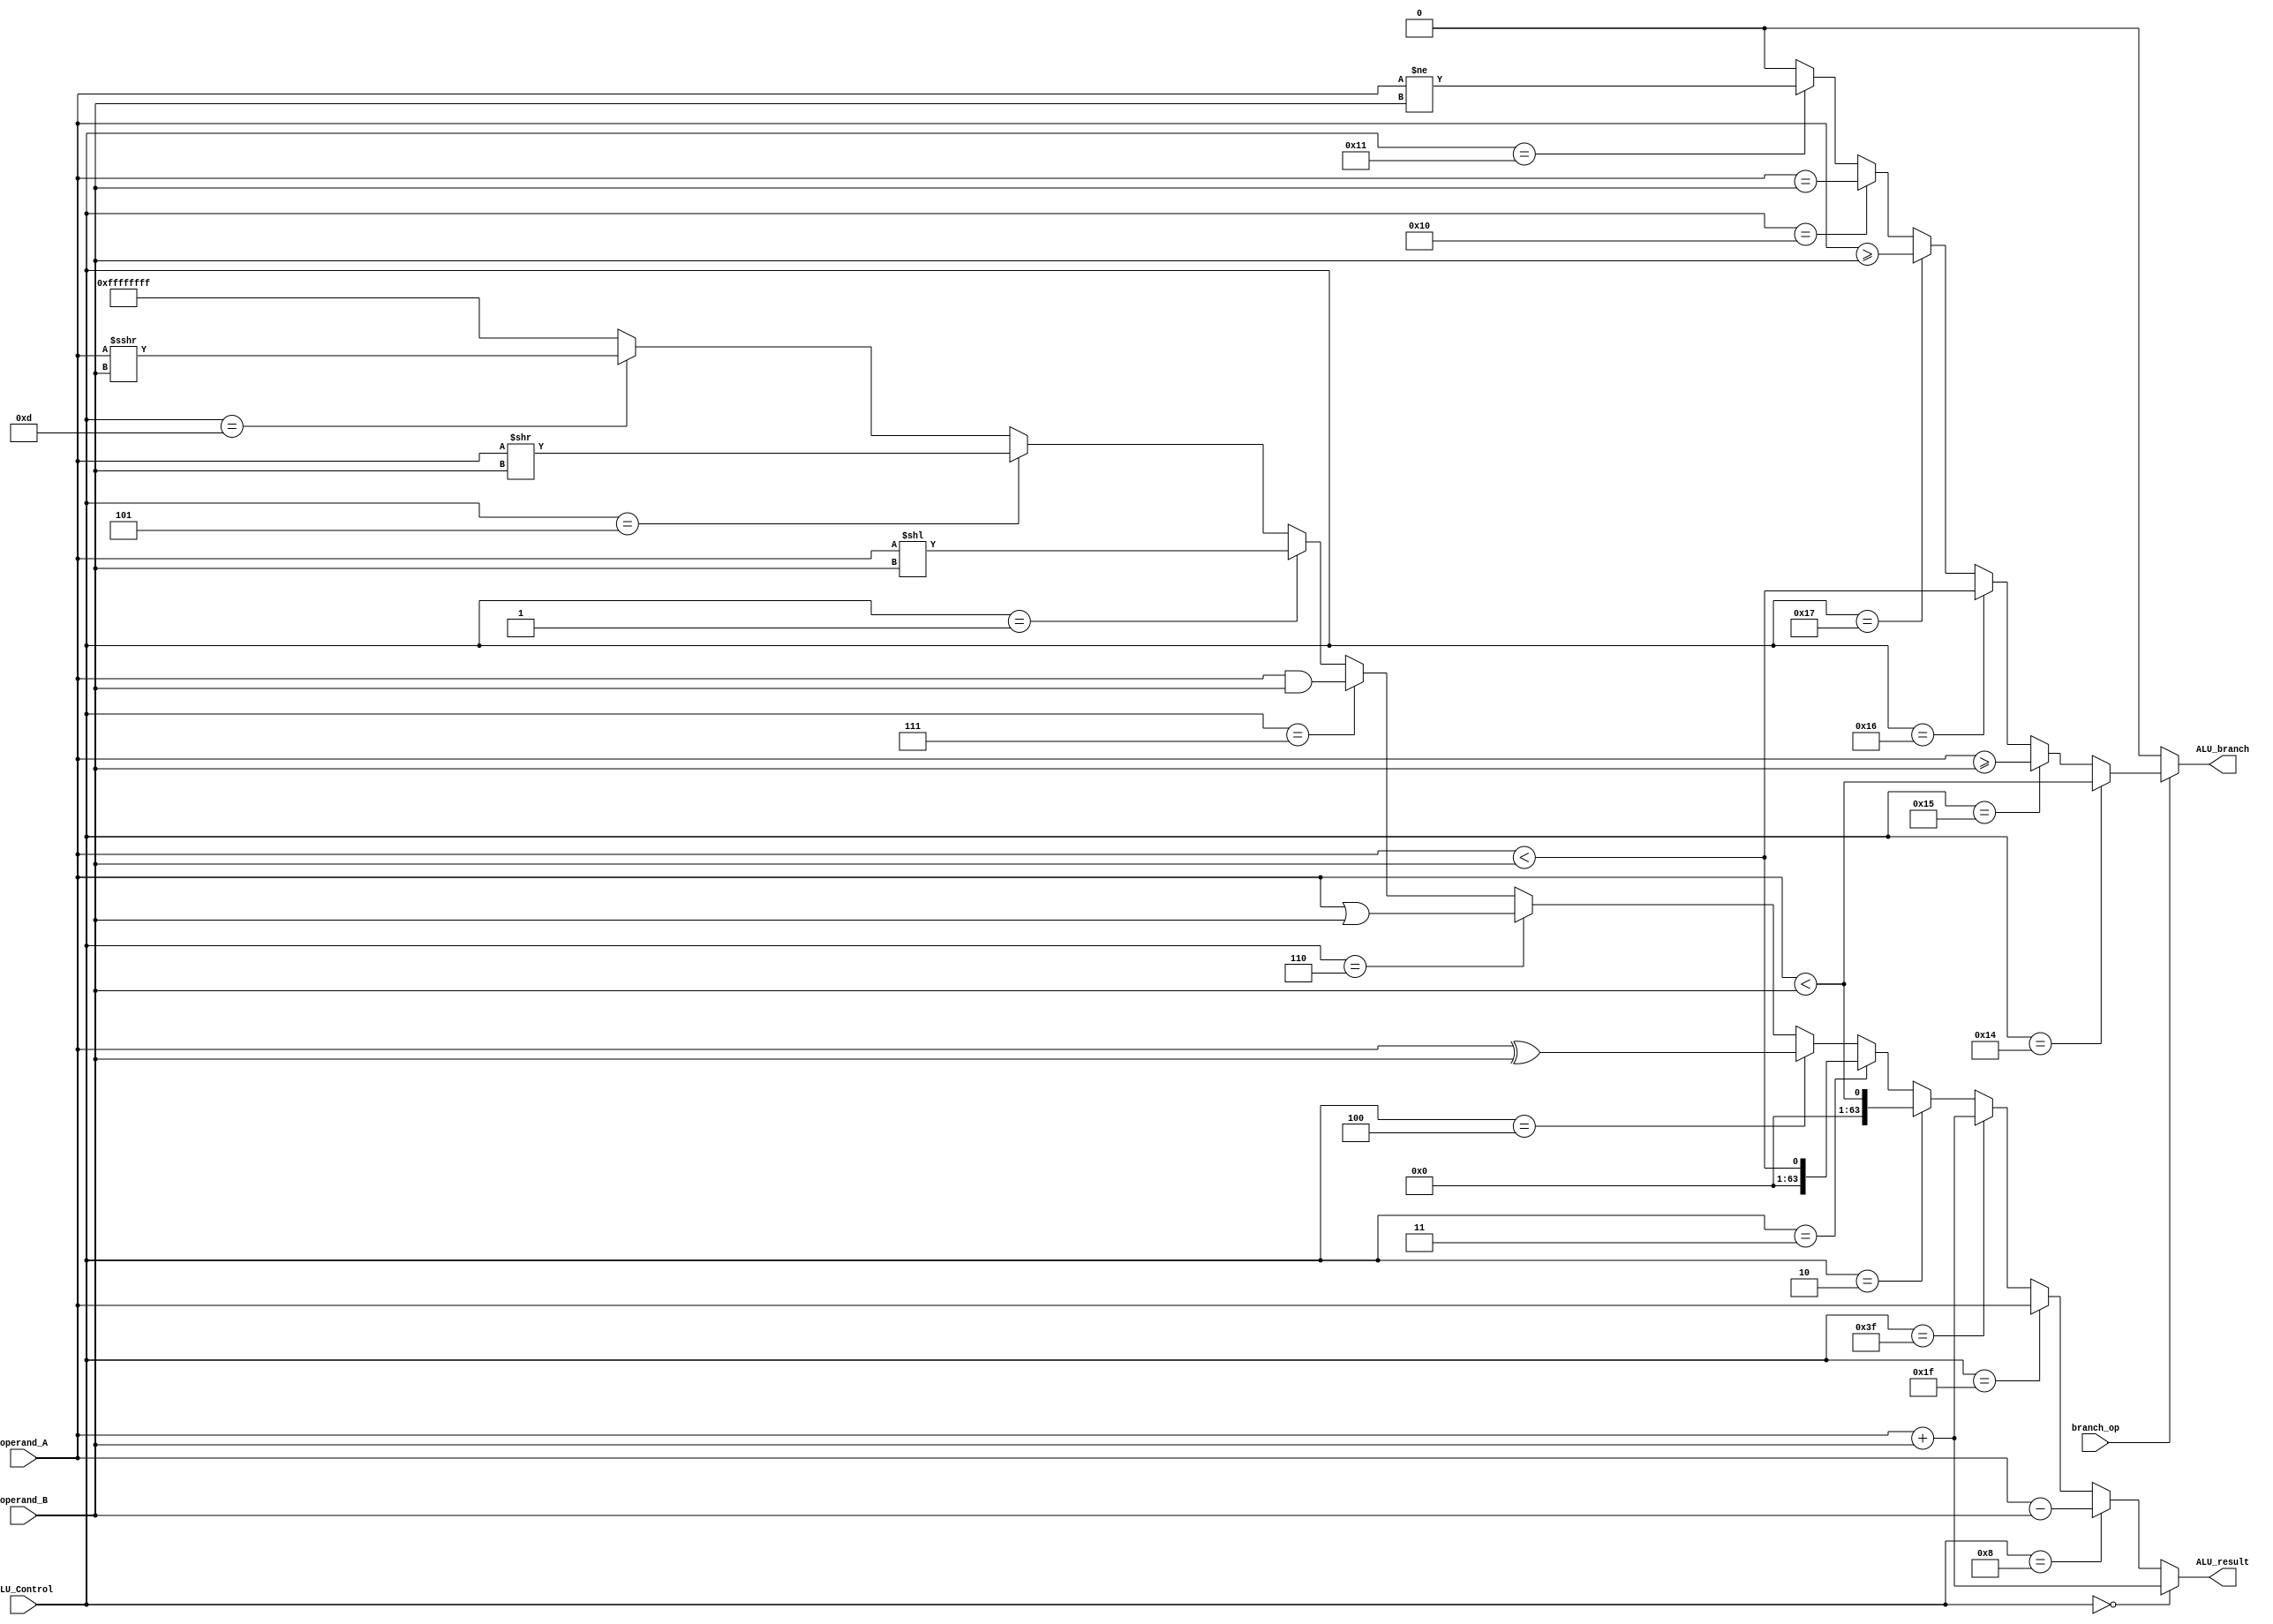

module ALU (
  input [5:0]  ALU_Control,
  input [63:0] operand_A,
  input [63:0] operand_B,
  input branch_op,
  output ALU_branch,
  output [63:0] ALU_result
);


assign ALU_branch = (~branch_op) ? 1'b0:                                            //if not branch_op, branch = 0
            (ALU_Control == 6'b010100) ? $signed(operand_A) < $signed(operand_B):   //BLT
            (ALU_Control == 6'b010101) ? $signed(operand_A) >= $signed(operand_B):  //BGE
            (ALU_Control == 6'b010110) ? operand_A < operand_B:                     //BLTU
            (ALU_Control == 6'b010111) ? operand_A >= operand_B:                    //BGEU  
            (ALU_Control == 6'b010000) ? operand_A == operand_B:                    //BEQ 
            (ALU_Control == 6'b010001) ? operand_A != operand_B:                    //BNE
            0;                                                                      //default to not branching

assign ALU_result = (ALU_Control == 6'b000000) ? operand_A + operand_B:             //ADD
            (ALU_Control == 6'b001000) ? operand_A - operand_B:                     //SUB
            (ALU_Control == 6'b011111) ? operand_A:                                 //JAL pass operand_A
            (ALU_Control == 6'b111111) ? operand_A + operand_B:                      //**JALR pass operand_A + operand_B
            (ALU_Control == 6'b000010) ? $signed(operand_A) < $signed(operand_B):   //SLT, SLTI
            (ALU_Control == 6'b000011) ? operand_A < operand_B:                     //SLTIU, SLTU
            (ALU_Control == 6'b000100) ? operand_A ^ operand_B:                     //XOR, XORI
            (ALU_Control == 6'b000110) ? operand_A | operand_B:                     //ORI
            (ALU_Control == 6'b000111) ? operand_A & operand_B:                    //AND,ANDI
            (ALU_Control == 6'b000001) ? operand_A << operand_B:                    //SLLI, logical shift left Immediate
            (ALU_Control == 6'b000101) ? operand_A >> operand_B:                    //SRLI, Logical shift right immediate
            (ALU_Control == 6'b001101) ? operand_A >>> operand_B:                   //SRAI, Arithmetic shift right immediate
            64'hFFFFFFFF;                                                           //de facto error code

endmodule